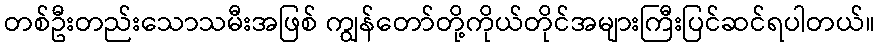
တစ်ဦးတည်းသောသမီးအဖြစ် ကျွန်တော်တို့ကိုယ်တိုင်အများကြီးပြင်ဆင်ရပါတယ်။